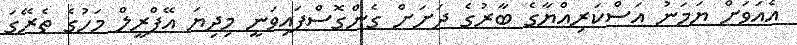
އެއަވަށް ޔަމަނު އަސްކަރިއްޔާގެ ބާރުގެ ދަށަށް ގެންގޮސްފައިވަނީ މިދިޔަ އޭޕްރީލް މަހުގެ ތެރޭގަ